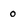
Character: 0